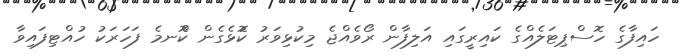
ހައިފާގެ ހޮސްޕިޓަލެއްގެ ކައިރީގައި އަލިފާން ރޯވެއްޖެ މިކުޅިވަރު ކޮުޅެގެން ކޮްނމެ ފަހަރަކު ހުއްޓިފައިވާ